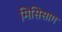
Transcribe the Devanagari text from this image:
मिसिसाग